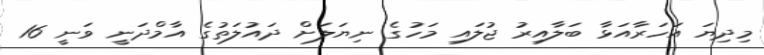
މިދިޔަ އަހަރާއަޅާ ބަލާއިރު ޖުލައި މަހުގެ ނިޔަލަށް ދައުލަތުގެ އާމްދަނީ ވަނީ 16